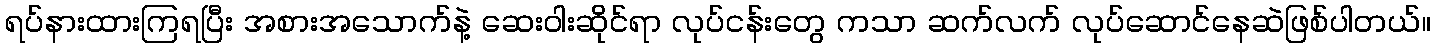
ရပ်နားထားကြရပြီး အစားအသောက်နဲ့ ဆေးဝါးဆိုင်ရာ လုပ်ငန်းတွေ ကသာ ဆက်လက် လုပ်ဆောင်နေဆဲဖြစ်ပါတယ်။